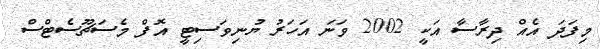
މިފަދަ އެއް ދިރާސާ އަކީ 2002 ވަނަ އަހަރު ޔުނިވަސިޓީ އޮފް މެސަޗޫސެޓްސް